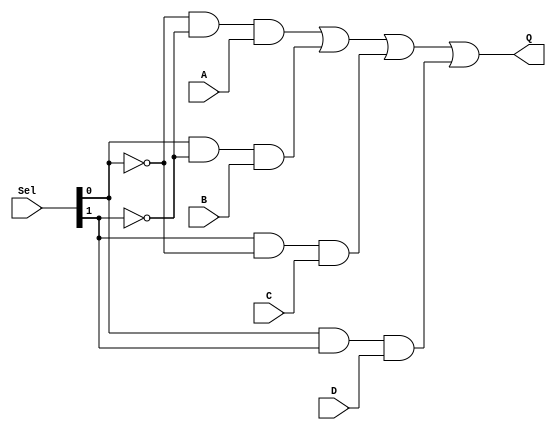
`timescale 10ns / 1ps
module mux(Sel, A, B, C, D, Q);
input A, B, C, D;
input [1:0] Sel;
output Q;


//*****************************************
    wire n0,n1,aa,ab,ac,ad;
    not sel0(n0,Sel[0]);
    not sel1(n1,Sel[1]);
    and a1(aa,n0,n1,A);
    and a2(ab,Sel[0],n1,B);
    and a3(ac,Sel[1],n0,C);
    and a4(ad,Sel[0],Sel[1],D);
    or or1(Q,aa,ab,ac,ad);
    
    
    
    
//*****************************************

endmodule